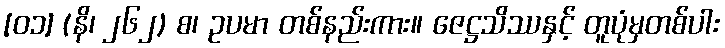
[၀၁] (နိ၊ ၂၆၂) စ၊ ဥပမာ တစ်နည်းကား။ ဇေဋ္ဌသိဿနှင့် တူပုံမှတစ်ပါး